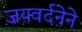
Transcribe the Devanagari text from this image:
जयवर्दनेने